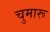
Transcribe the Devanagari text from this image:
चुमारू